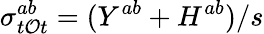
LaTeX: \sigma_{t\mathcal{O}t}^{ab}=(Y^{ab}+H^{ab})/s